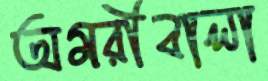
অমরীবালা